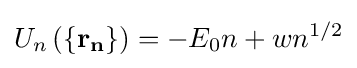
U_{n}\left(\{\mathbf {r_{n}} \}\right)=-E_{0}n+wn^{1/2}